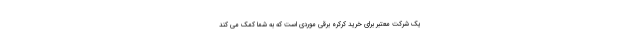
یک شرکت معتبر برای خرید کرکره برقی موردی است که به شما کمک می کند